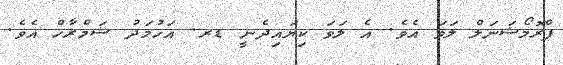
ޕްރޮމޯޝަނަލް ލަވަ އެވެ. އެ ލަވަ ކިޔަައިދެނީ ޑރ. އަހުމަދު ޝަމްރާހް އެވެ.